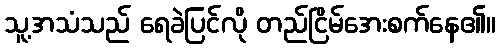
သူ့အသံသည် ရေခဲပြင်လို တည်ငြိမ်အေးစက်နေ၏။